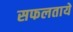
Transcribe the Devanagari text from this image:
सफलताये